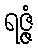
ရဇ္ဇံ